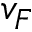
v _ { F }